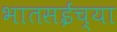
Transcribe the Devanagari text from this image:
भातसईच्या